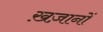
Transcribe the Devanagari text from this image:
ख़ज़ानों